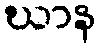
ဃာန